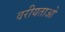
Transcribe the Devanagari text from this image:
वरीयताओ